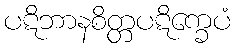
ပဋိဘာနစိတ္တပဋိက္ခေပံ